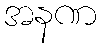
အနဏ